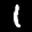
Label: 1